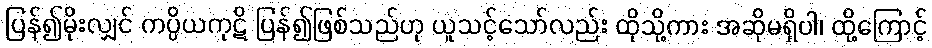
ပြန်၍မိုးလျှင် ကပ္ပိယကုဋိ ပြန်၍ဖြစ်သည်ဟု ယူသင့်သော်လည်း ထိုသို့ကား အဆိုမရှိပါ၊ ထို့ကြောင့်